Annual statistical returns and brief notes on vaccination in Bengal - 1887-1898
Year: 1887
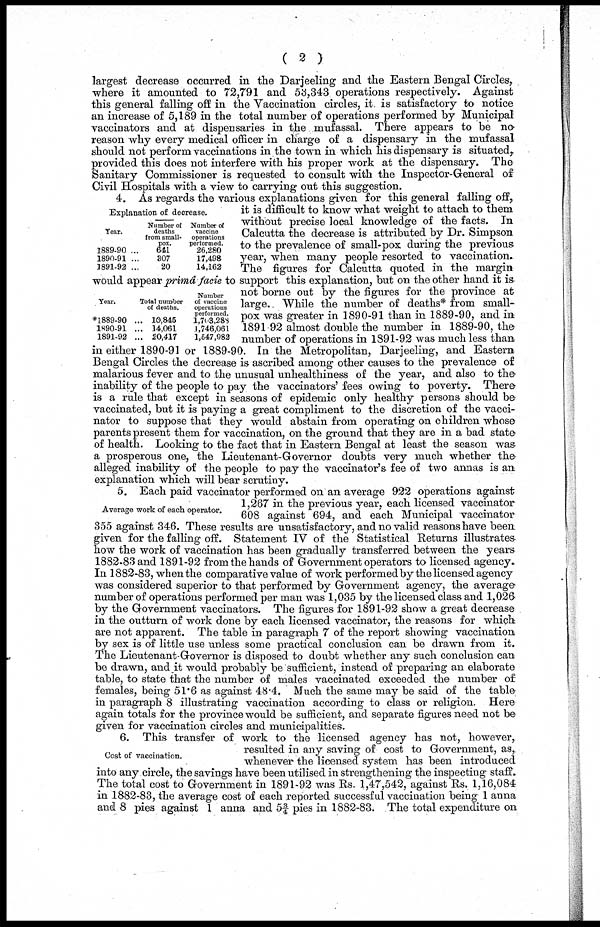
( 2 )
largest decrease occurred in the Darjeeling and the Eastern Bengal Circles,
where it amounted to 72,791 and 53,343 operations respectively. Against
this general falling off in the Vaccination circles, it. is satisfactory to notice
an increase of 5,189 in the total number of operations performed by Municipal
vaccinators and at dispensaries in the mufassal. There appears to be no
reason why every medical officer in charge of a dispensary in the mufassal
should not perform vaccinations in the town in which his dispensary is situated,
provided this does not interfere with his proper work at the dispensary. The
Sanitary Commissioner is requested to consult with the Inspector-General of
Civil Hospitals with a view to carrying out this suggestion.
Explanation of decrease.
Year.
1889-90 ...
1890-91 ...
1891-92 ...
Number of
deaths
from small-
pox.
641
307
20
Number of
vaccine
operations
performed.
26,280
17,498
14,162
Year.
*l889-90 ...
1890-91 ...
1891-92 ...
Total number
of deaths.
10,845
14,061
20,417
Number
of vaccine
operations
performed.
1,703,288
1,746,061
1,547,982
4. As regards the various explanations given for this general falling off,
it is difficult to know what weight to attach to them
without precise local knowledge of the facts. In
Calcutta the decrease is attributed by Dr. Simpson
to the prevalence of small-pox during the previous
year, when many people resorted to vaccination.
The figures for Calcutta quoted in the margin
would appear primâ facie to support this explanation, but on the other hand it is
not borne out by the figures for the province at
large.. While the number of deaths* from small-
pox was greater in 1890-91 than in 1889-90, and in
1891 92 almost double the number in 1889-90, the
number of operations in 1891-92 was much less than
in either 1890-91 or 1889-90. In the Metropolitan, Darjeeling, and Eastern
Bengal Circles the decrease is ascribed among other causes to the prevalence of
malarious fever and to the unusual unhealthiness of the year, and also to the
inability of the people to pay the vaccinators' fees owing to poverty. There
is a rule that except in seasons of epidemic only healthy persons should be
vaccinated, but it is paying a great compliment to the discretion of the vacci-
nator to suppose that they would abstain from operating on children whose
parents present them for vaccination, on the ground that they are in a bad state
of health. Looking to the fact that in Eastern Bengal at least the season was
a prosperous one, the Lieutenant-Governor doubts very much whether the
alleged inability of the people to pay the vaccinator's fee of two annas is an
explanation which will bear scrutiny.
Average work of each operator.
5. Each paid vaccinator performed on an average 922 operations against
1,267 in the previous year, each licensed vaccinator
608 against 694, and each Municipal vaccinator
355 against 346. These results are unsatisfactory, and no valid reasons have been
given for the falling off. Statement IV of the Statistical Returns illustrates
how the work of vaccination has been gradually transferred between the years
1882-83 and 1891-92 from the hands of Government operators to licensed agency.
In 1882-83, when the comparative value of work performed by the licensed agency
was considered superior to that performed by Government agency, the average
number of operations performed per man was 1,035 by the licensed class and 1,026
by the Government vaccinators. The figures for 1891-92 show a great decrease
in the outturn of work done by each licensed vaccinator, the reasons for which
are not apparent. The table in paragraph 7 of the report showing vaccination
by sex is of little use unless some practical conclusion can be drawn from it.
The Lieutenant-Governor is disposed to doubt whether any such conclusion can
be drawn, and it would probably be sufficient, instead of preparing an elaborate
table, to state that the number of males vaccinated exceeded the number of
females, being 51.6 as against 48.4. Much the same may be said of the table
in paragraph 8 illustrating vaccination according to class or religion. Here
again totals for the province would be sufficient, and separate figures need not be
given for vaccination circles and municipalities.
Cost of vaccination.
6. This transfer of work to the licensed agency has not, however,.
resulted in any saving of cost to Government, as,.
whenever the licensed system has been introduced
into any circle, the savings have been utilised in strengthening the inspecting staff.
The total cost to Government in 1891-92 was Rs. 1,47,542, against Rs. 1,16,084
in 1882-83, the average cost of each reported successful vaccination being 1 anna
and 8 pies against 1 anna and 5¾ pies in 1882-83. The total expenditure on